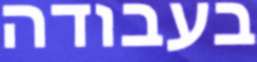
בעבודה